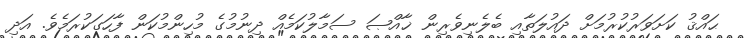
ޙައްޤު ކަށަވަރުކުރުމަށް ދައުލަތާއި ބެލެނިވެރިން ޚާއްޞަ ސަމާލުކަމެއް ދިނުމުގެ މުހިންމުކަން ފާހަގަކުރަމެވެ. އަދި